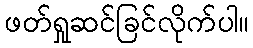
ဖတ်ရှုဆင်ခြင်လိုက်ပါ။